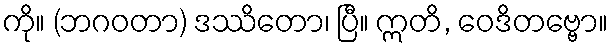
ကို။ (ဘဂဝတာ) ဒဿိတော၊ ပြီ။ ဣတိ, ဝေဒိတဗ္ဗော။